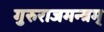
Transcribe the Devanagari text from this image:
गुरुराजमन्त्रम्